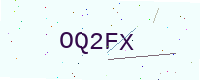
Text: OQ2FX